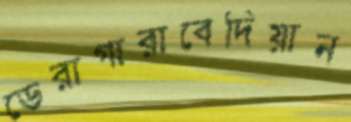
ডেরাগারাবেদিয়ান